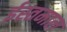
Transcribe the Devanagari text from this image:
ईस्तमाल